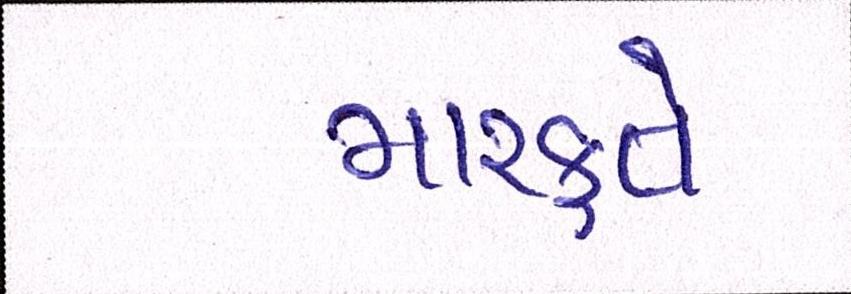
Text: મારફતે